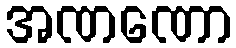
အဏဏော